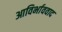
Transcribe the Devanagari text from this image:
आविर्भाववाद